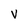
Character: V